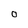
Character: O